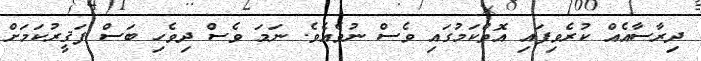
ދިރާސާއެއް ކުރެވިފައި އޮތްކަމުގައި ވެސް ނުވެއެވެ. ނަމަ ވެސް ދިވެހި ބަސް ފަޤީރުކަމަށް